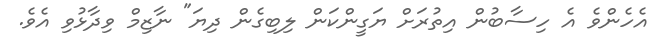
އެހެންވެ އެ ހިސާބުން އިތުރަށް ޔަގީންކަން ލިބިގެން ދިޔަ" ނާޒިމް ވިދާޅުވި އެވެ.